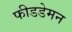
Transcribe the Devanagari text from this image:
फीडडेमन